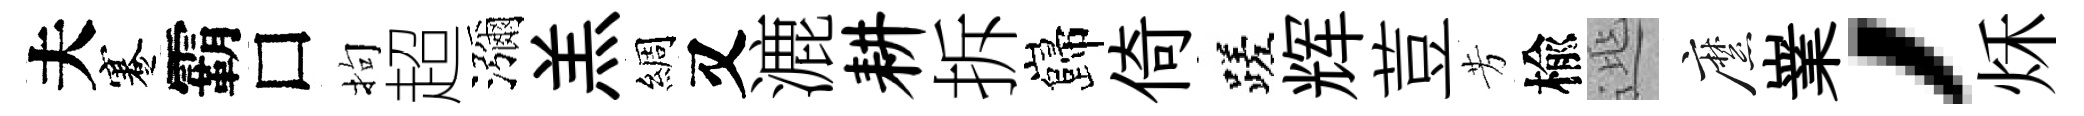
夫蹇霸□拘超瀰羔綢又漉耕拆巋倚蹉辉荳芳楡𨓱縻嶪，秌